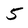
Character: 5